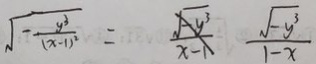
\sqrt { - \frac { y ^ { 3 } } { ( x - 1 ) ^ { 2 } } } = \frac { \sqrt { - y ^ { 3 } } } { x - 1 } \frac { \sqrt { - y ^ { 3 } } } { 1 - x }